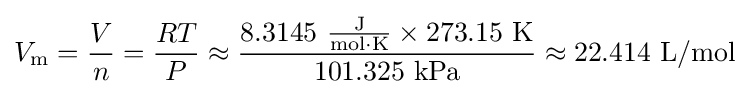
V_{\text{m}}={\frac {V}{n}}={\frac {RT}{P}}\approx {\frac {\mathrm {8.3145\ {\frac {J}{mol\cdot K}}\times 273.15\ K} }{\mathrm {101.325\ kPa} }}\approx \mathrm {22.414\ L/mol}